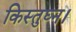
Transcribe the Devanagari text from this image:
किस्तुघ्न।